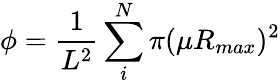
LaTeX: \phi=\frac{1}{L^{2}}\sum_{i}^{N}\pi(\mu R_{max})^{2}